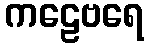
ကဠေဗရေ